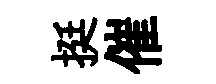
挺催